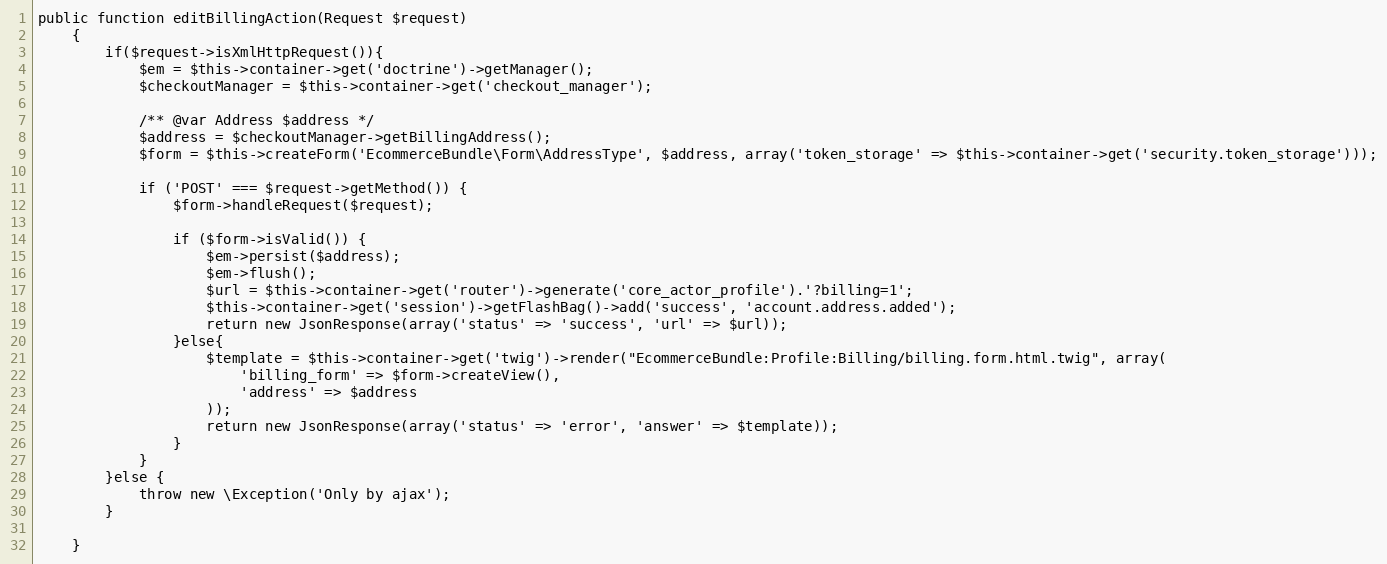
Language: PHP
public function editBillingAction(Request $request)
    {
        if($request->isXmlHttpRequest()){
            $em = $this->container->get('doctrine')->getManager();
            $checkoutManager = $this->container->get('checkout_manager');

            /** @var Address $address */
            $address = $checkoutManager->getBillingAddress();
            $form = $this->createForm('EcommerceBundle\Form\AddressType', $address, array('token_storage' => $this->container->get('security.token_storage')));

            if ('POST' === $request->getMethod()) {
                $form->handleRequest($request);

                if ($form->isValid()) {
                    $em->persist($address);
                    $em->flush();
                    $url = $this->container->get('router')->generate('core_actor_profile').'?billing=1';
                    $this->container->get('session')->getFlashBag()->add('success', 'account.address.added');
                    return new JsonResponse(array('status' => 'success', 'url' => $url));
                }else{
                    $template = $this->container->get('twig')->render("EcommerceBundle:Profile:Billing/billing.form.html.twig", array(
                        'billing_form' => $form->createView(),
                        'address' => $address
                    ));
                    return new JsonResponse(array('status' => 'error', 'answer' => $template));
                }
            }
        }else {
            throw new \Exception('Only by ajax');
        }

    }